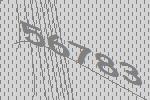
56783